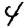
Digit: 4